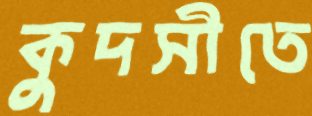
কুদসীতে